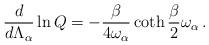
LaTeX: \begin{align*}{d\over d\Lambda_\alpha}\ln Q = -{\beta\over 4\omega_\alpha}\coth{\beta\over 2}\omega_\alpha\,.\end{align*}